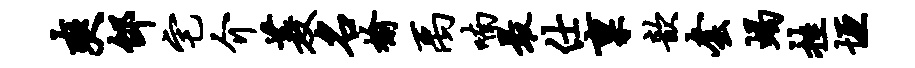
爽邰宅介菱名榆禹喃最仕禀歆套蝎挂垣